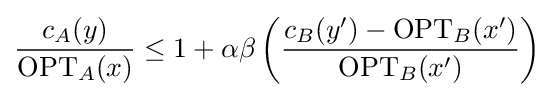
{\frac {c_{A}(y)}{\mathrm {OPT} _{A}(x)}}\leq 1+\alpha \beta \left({\frac {c_{B}(y')-\mathrm {OPT} _{B}(x')}{\mathrm {OPT} _{B}(x')}}\right)